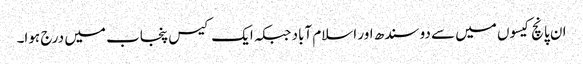
ان پانچ کیسوں میں سے دو سندھ اور اسلام آباد جبکہ ایک کیس پنجاب میں درج ہوا۔